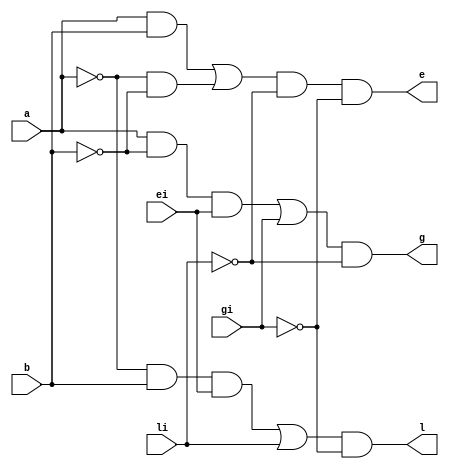
`timescale 1ns / 1ps
//////////////////////////////////////////////////////////////////////////////////
// Company: 
// Engineer: 
// 
// Design Name: 
// Module Name:    comparator 
// Project Name: 
// Target Devices: 
// Tool versions: 
// Description: 
//
// Dependencies: 
//
// Revision: 
// Revision 0.01 - File Created
// Additional Comments: 
//
//////////////////////////////////////////////////////////////////////////////////
module comparator( a, b, li, gi, ei, l, g, e
);
	input a;
	input b;
	input li;
	input gi;
	input ei;

	output l;
	wire l;
	output e;
	wire e;
	output g;
	wire g;
	assign l = ((((~a)&b)&(ei))|li)&(~gi);
	assign e = (a&b | (~a)&(~b))&(~li)&(~gi);
	assign g = (((a&(~b))&(ei))|gi)&(~li);

endmodule